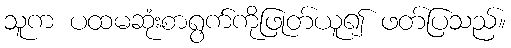
သူက ပထမဆုံးစာရွက်ကိုဖြုတ်ယူ၍ ဖတ်ပြသည်။